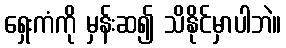
ရှေးကံကို မှန်းဆ၍ သိနိုင်မှာပါဘဲ။